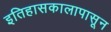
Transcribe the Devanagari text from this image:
इतिहासकालापासून